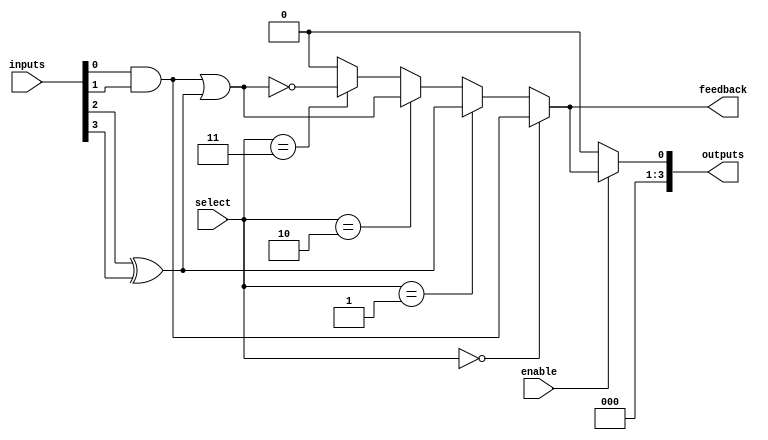
module CLB (
    input wire [3:0] inputs,          // 4-bit input signals
    input wire [1:0] select,          // 2-bit select signal for multiplexer
    input wire enable,                 // Enable signal
    output wire [3:0] outputs,         // 4-bit output signals
    output wire feedback               // Feedback path
);

// Internal signals
wire [3:0] lut_out;                  // Output from LUT
wire mux_out;                        // Output from multiplexer

// LUT implementation
// Example: LUT that implements a simple logic function (A & B) | (C ^ D)
assign lut_out[0] = inputs[0] & inputs[1]; // AND
assign lut_out[1] = inputs[2] ^ inputs[3]; // XOR
assign lut_out[2] = lut_out[0] | lut_out[1]; // OR
assign lut_out[3] = ~lut_out[2]; // NOT

// Multiplexer to select between LUT output and feedback
assign mux_out = (select == 2'b00) ? lut_out[0] :
                 (select == 2'b01) ? lut_out[1] :
                 (select == 2'b10) ? lut_out[2] :
                 (select == 2'b11) ? lut_out[3] : 1'b0;

// Enable logic
assign outputs = enable ? {3'b000, mux_out} : 4'b0000; // Output based on enable signal

// Feedback path
assign feedback = mux_out; // Feedback to the input of the LUT

endmodule